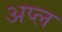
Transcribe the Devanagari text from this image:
अप्ल